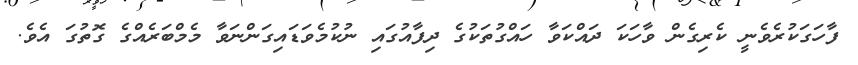
ފާހަގަކުރެވެނީ ކެރިގެން ވާހަކަ ދައްކަވާ ހައްގުތަކުގެ ދިފާއުގައި ނުކުމެވަޑައިގަންނަވާ މެމްބަރެއްގެ ގޮތުގަ އެވެ.